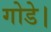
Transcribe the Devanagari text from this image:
गोडे।